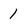
Character: 1